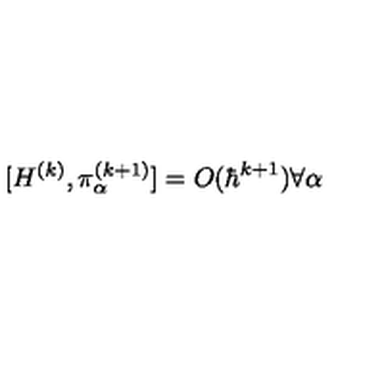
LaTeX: [ H ^ { ( k ) } , \pi _ { \alpha } ^ { ( k + 1 ) } ] = O ( \hbar ^ { k + 1 } ) \forall \alpha